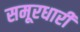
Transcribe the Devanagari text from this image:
समूरधारी